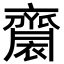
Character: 𪗋